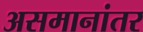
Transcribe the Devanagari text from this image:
असमानांतर